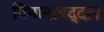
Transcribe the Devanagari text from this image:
विमानाबद्दल